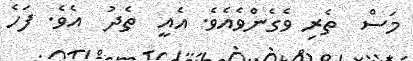
މަސް  ތެރި ވެގެންވެއެވެ. އެއީ  ތެދު  އެވެ. ފަހެ